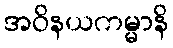
အဝိနယကမ္မာနိ